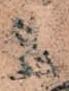
々